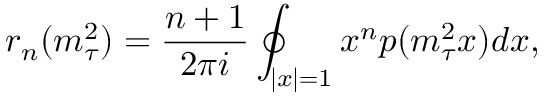
r _ { n } ( m _ { \tau } ^ { 2 } ) = \frac { n + 1 } { 2 \pi i } \oint _ { | x | = 1 } x ^ { n } p ( m _ { \tau } ^ { 2 } x ) d x ,